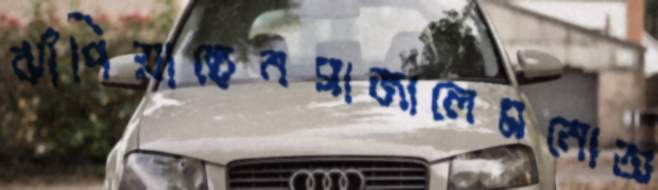
ঝাঁপিয়াছেনসাজালেমনোঅ